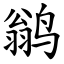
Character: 鹟